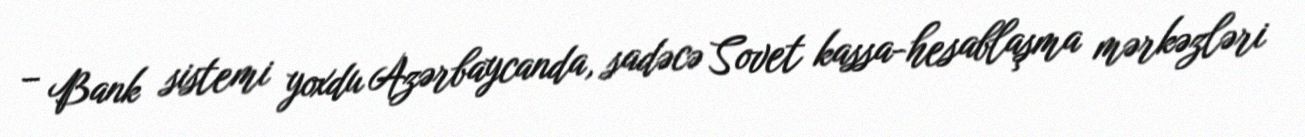
– Bank sistemi yoxdu Azərbaycanda, sadəcə Sovet kassa-hesablaşma mərkəzləri